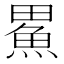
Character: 𪽟